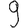
Digit: 9